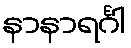
နာနာရင်္ဂါ